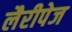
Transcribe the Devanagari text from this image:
लैरीपेज